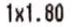
1X1.80